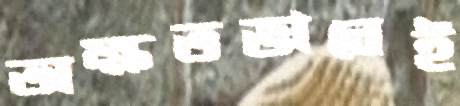
অক্ষতভাবেই